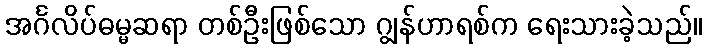
အင်္ဂလိပ်ဓမ္မဆရာ တစ်ဦးဖြစ်သော ဂျွန်ဟာရစ်က ရေးသားခဲ့သည်။